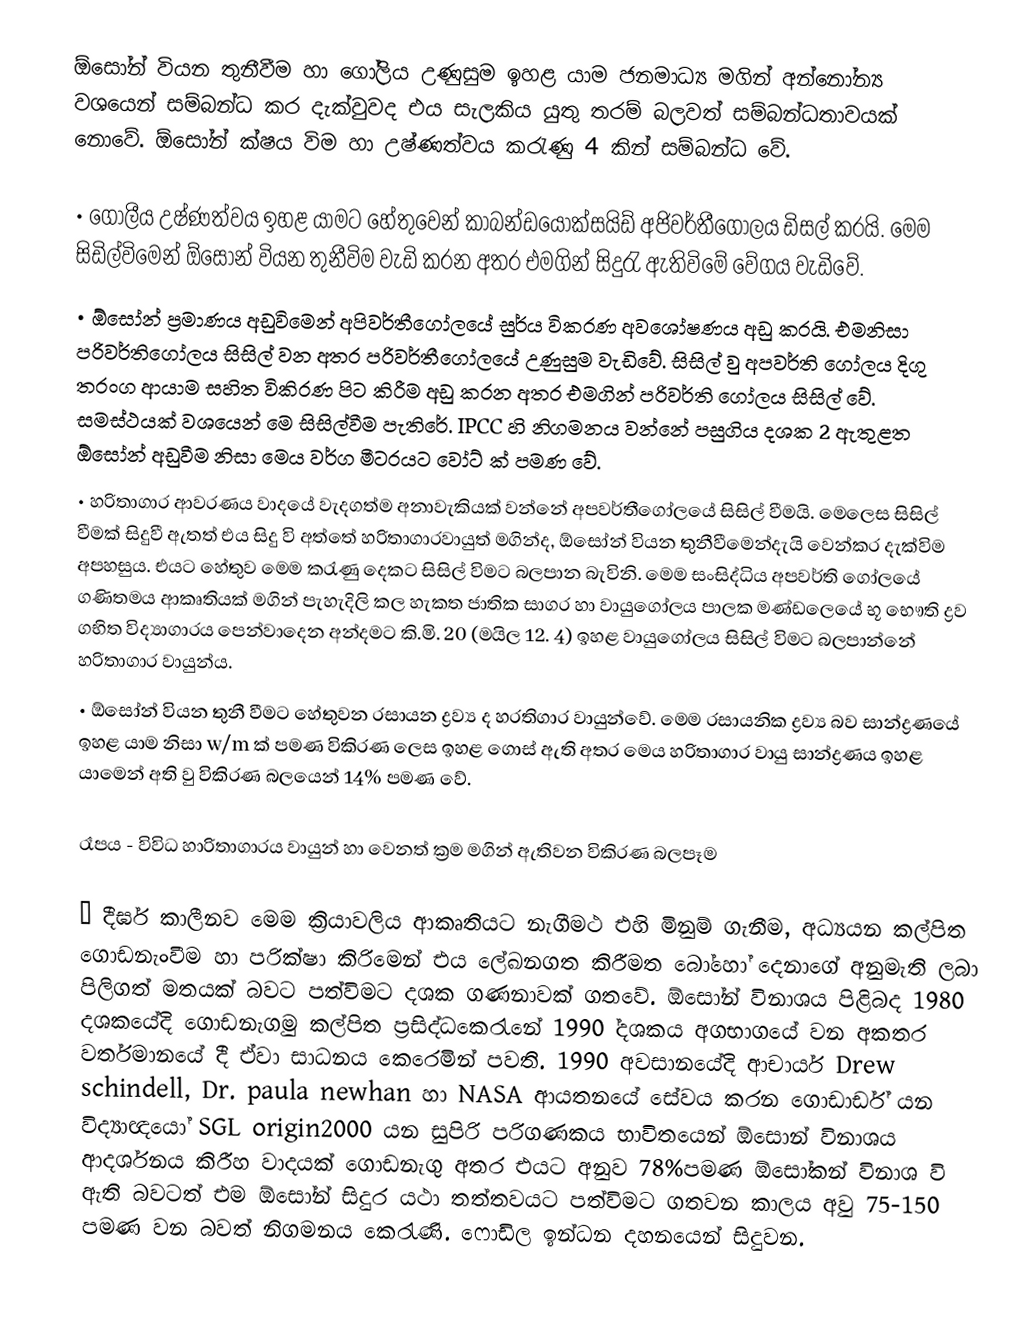
ඕසෝන් වියන තුනීවීම හා ගෝලිය උණුසුම ඉහළ යාම ජනමාධ්‍ය මගින් අන්නෝන්‍ය වශයෙන් සම්බන්ධ කර දැක්වුවද එය සැලකිය යුතු තරම් බලවත් සම්බන්ධතාවයක් නොවේ. ඕසෝන් ක්ෂය විම හා උෂ්ණත්වය කරැණු 4 කින් සම්බන්ධ වේ.

•	ගෝලීය උෂ්ණත්වය ඉහළ යාමට හේතුවෙන් කාබන්ඩයොක්සයිඩ් අජිවර්තීගෝලය ඩිසල් කරයි. මෙම සිඩිල්විමෙන් ඕසෝන් වියන තුනීවිම වැඩි කරන අතර එමගින් සිදුරැ ඇතිවිමේ වේගය වැඩිවේ.
•	ඕසෝන් ප්‍රමාණය අඩුවිමෙන් අපිවර්තීගෝලයේ සුර්ය විකරණ අවශෝෂණය අඩු කරයි. එමනිසා පරිවර්තිගෝලය සිසිල් වන අතර පරිවර්තීගෝලයේ උණුසුම වැඩිවේ. සිසිල් වු අපවර්ති ගෝලය දිගු තරංග ආයාම සහිත විකිරණ පිට කිරීම අඩු කරන අතර එමගින් පරිවර්ති ගෝලය සිසිල් වේ. සමස්ථයක් වශයෙන් මෙ සිසිල්වීම පැතිරේ. IPCC හි නිගමනය වන්නේ පසුගිය දශක 2 ඇතුළත ඕසෝන් අඩුවීම නිසා මෙය වර්ග මීටරයට වෝට්   ක් පමණ වේ.
•	හරිතාගාර ආවරණය වාදයේ වැදගත්ම අනාවැකියක් වන්නේ අපවර්තීගෝලයේ සිසිල් වීමයි. මෙලෙස සිසිල් වීමක් සිදුවී ඇතත් එය සිදු වි අත්තේ හරිතාගාරවායුත් මගින්ද, ඕ‍සෝන් වියන තුනීවීමෙන්දැයි වෙන්කර දැක්විම අපහසුය. එයට හේතුව මෙම කරැණු දෙකට සිසිල් විමට බලපාන බැවිනි. මෙම සංසිද්ධිය අපවර්ති ගෝලයේ ගණිතමය ආකෘතියක් මගින් පැහැදිලි කල හැකත ජාතික සාගර හා වායුගෝලය පාලක මණ්ඩලෙයේ භූ භෞති ද්‍රව ගභිත විද්‍යාගාරය පෙන්වාදෙන අන්දමට කි.මි. 20 (මයිල 12. 4)  ඉහළ වායුගෝලය සිසිල් විමට බලපාන්නේ හරිතාගාර වායුන්ය.
•	ඕසෝන් වියන තුනී වීමට හේතුවන රසායන ද්‍රව්‍ය ද හරතිගාර වායුන්වේ. මෙම රසායනික ද්‍රව්‍ය බව සාන්ද්‍රණයේ ඉහළ යාම නිසා   w/m ක් පමණ විකිරණ ලෙස ඉහළ ගොස් ඇති අතර මෙය හරිතාගාර වායු සාන්ද්‍රණය ඉහළ යාමෙන් අති වු විකිරණ බලයෙන් 14% පමණ වේ.

රෑපය - විවිධ හාරිතාගාරය වායුන් හා වෙනත් ක්‍රම මගින් ඇතිවන විකිරණ බලපෑම

•	දීර්ඝ කාලීනව මෙම ක්‍රියාවලිය ආකෘතියට නැගීමථ එහි මිනුම් ගැනීම, අධ්‍යයන කල්පිත ගොඩනැංවීම හා පරික්ෂා කිරිමෙන් එය ලේඛනගත කිරීමත බෝහෝ දෙනාගේ අනුමැති ලබා පිලිගත් මතයක් බවට පත්විමට දශක ගණනාවක් ගතවේ. ඕසෝන් විනාශය පිළිබද 1980 දශකයේදි ගොඩනැගමු කල්පිත ප්‍රසිද්ධකෙරැනේ 1990 ්‍දශකය අගභාගයේ වන අකතර වර්තමානයේ දී ඒවා සාධනය කෙරෙමින් පවති. 1990 අවසානයේදි ආචාර්ය Drew schindell, Dr. paula newhan හා NASA ආයතනයේ සේවය කරන ගොඩාර්ඩ් යන විද්‍යාඥයෝ SGL origin2000 යන සුපිරි පරිගණකය භාවිතයෙන් ඕසොන් විනාශය ආදර්ශනය කිරීහ වාදයක් ගොඩනැගු අතර එයට අනුව 78%පමණ ඕසෝකන් විනාශ වි ඇති බවටත් එම ඕසෝන් සිදුර යථා තත්තවයට පත්විමට ගතවන කාලය අවු 75-150 පමණ වන බවත් නිගමනය කෙරැණි. ෆොඩිල ඉන්ධන දහනයෙන් සිදුවන.